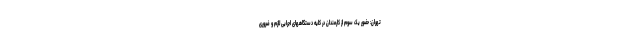
تهران: حضور یک سوم از کارمندان در کلیه دستگاههای اجرایی لازم و ضروری